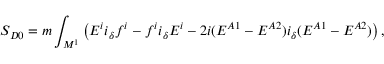
S _ { D 0 } = m \int _ { { \cal M } ^ { 1 } } \left( E ^ { i } i _ { \delta } f ^ { i } - f ^ { i } i _ { \delta } E ^ { i } - 2 i ( E ^ { A 1 } - E ^ { A 2 } ) i _ { \delta } ( E ^ { A 1 } - E ^ { A 2 } ) \right) ,